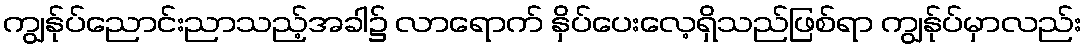
ကျွန်ုပ်ညောင်းညာသည့်အခါ၌ လာရောက် နှိပ်ပေးလေ့ရှိသည်ဖြစ်ရာ ကျွန်ုပ်မှာလည်း